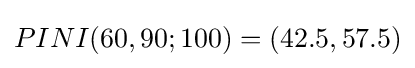
PINI(60,90;100)=(42.5,57.5)